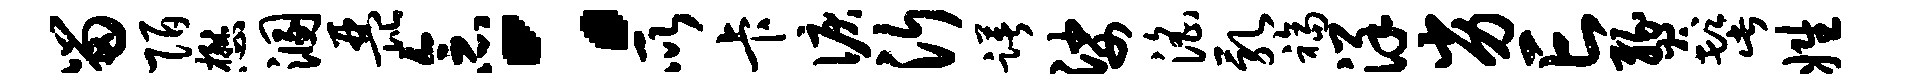
留陌懋溷琵念：所卡泪沂躇娑淫乳福详劣亡燹髭姓